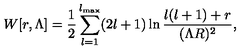
W [ r , \Lambda ] = { \frac { 1 } { 2 } } \sum _ { l = 1 } ^ { l _ { \mathrm { m a x } } } ( 2 l + 1 ) \ln { \frac { l ( l + 1 ) + r } { ( \Lambda R ) ^ { 2 } } } ,